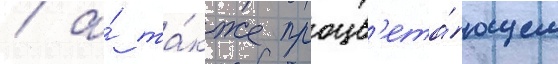
/ а́ та́кже процв'ета́ющем